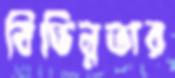
বিভিন্নতার